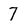
Character: 7